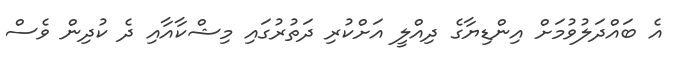
އެ ބައްދަލުވުމަށް އިންޑިޔާގެ ދިއްލީ އަށްކުރި ދަތުރުގައި މިޝްކާއާއި ދެ ކުދިން ވެސް